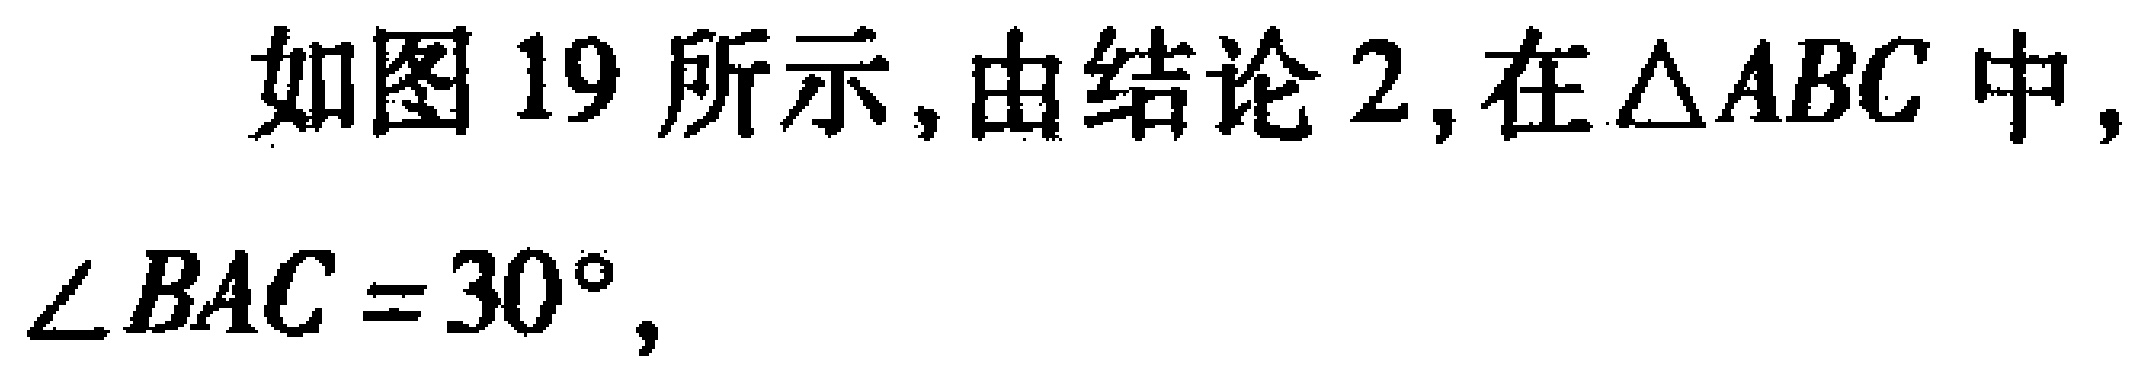
如图 19 所示,由结论 2,在\(\triangle ABC\)中, \(\angle BAC = 30^{\circ}\),